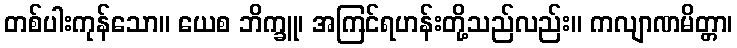
တစ်ပါးကုန်သော။ ယေစ ဘိက္ခူ၊ အကြင်ရဟန်းတို့သည်လည်း။ ကလျာဏမိတ္တာ၊